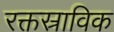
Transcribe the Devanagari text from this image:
रक्तस्राविक